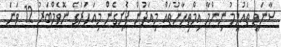
ސާނަވީ ތައުލީމު ނިންމާ އިމްތިހާނުތައް މިއަދުން ފެށިގެން މިއަހަރުގެ ނޮވެމްބަރު 12 ވަނަ